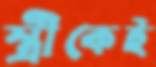
স্ত্রীকেই